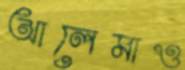
আলেমাও